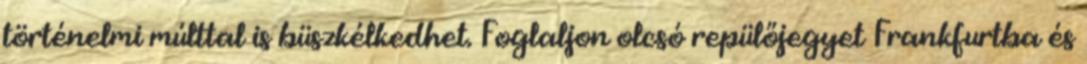
történelmi múlttal is büszkélkedhet. Foglaljon olcsó repülőjegyet Frankfurtba és